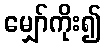
မျှော်ကိုး၍